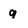
Character: g